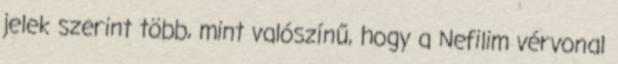
jelek szerint több, mint valószínű, hogy a Nefilim vérvonal